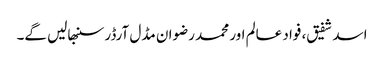
اسد شفیق، فواد عالم اور محمد رضوان مڈل آرڈر سنبھالیں گے۔